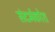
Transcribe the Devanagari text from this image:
संदर्भकोश